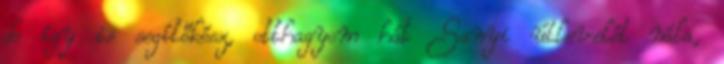
de így is segítőkész, otthagyom hát Sanyi útlevelét nála,